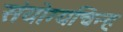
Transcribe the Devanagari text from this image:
संयोग्यचिन्ह